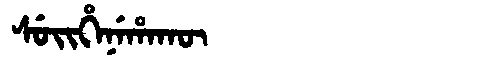
Manchu: ᠰᡠᡳᡥᡝᠨᡝᡥᠠᡴᡡ
Romanization: SUIHENEHAKŪ